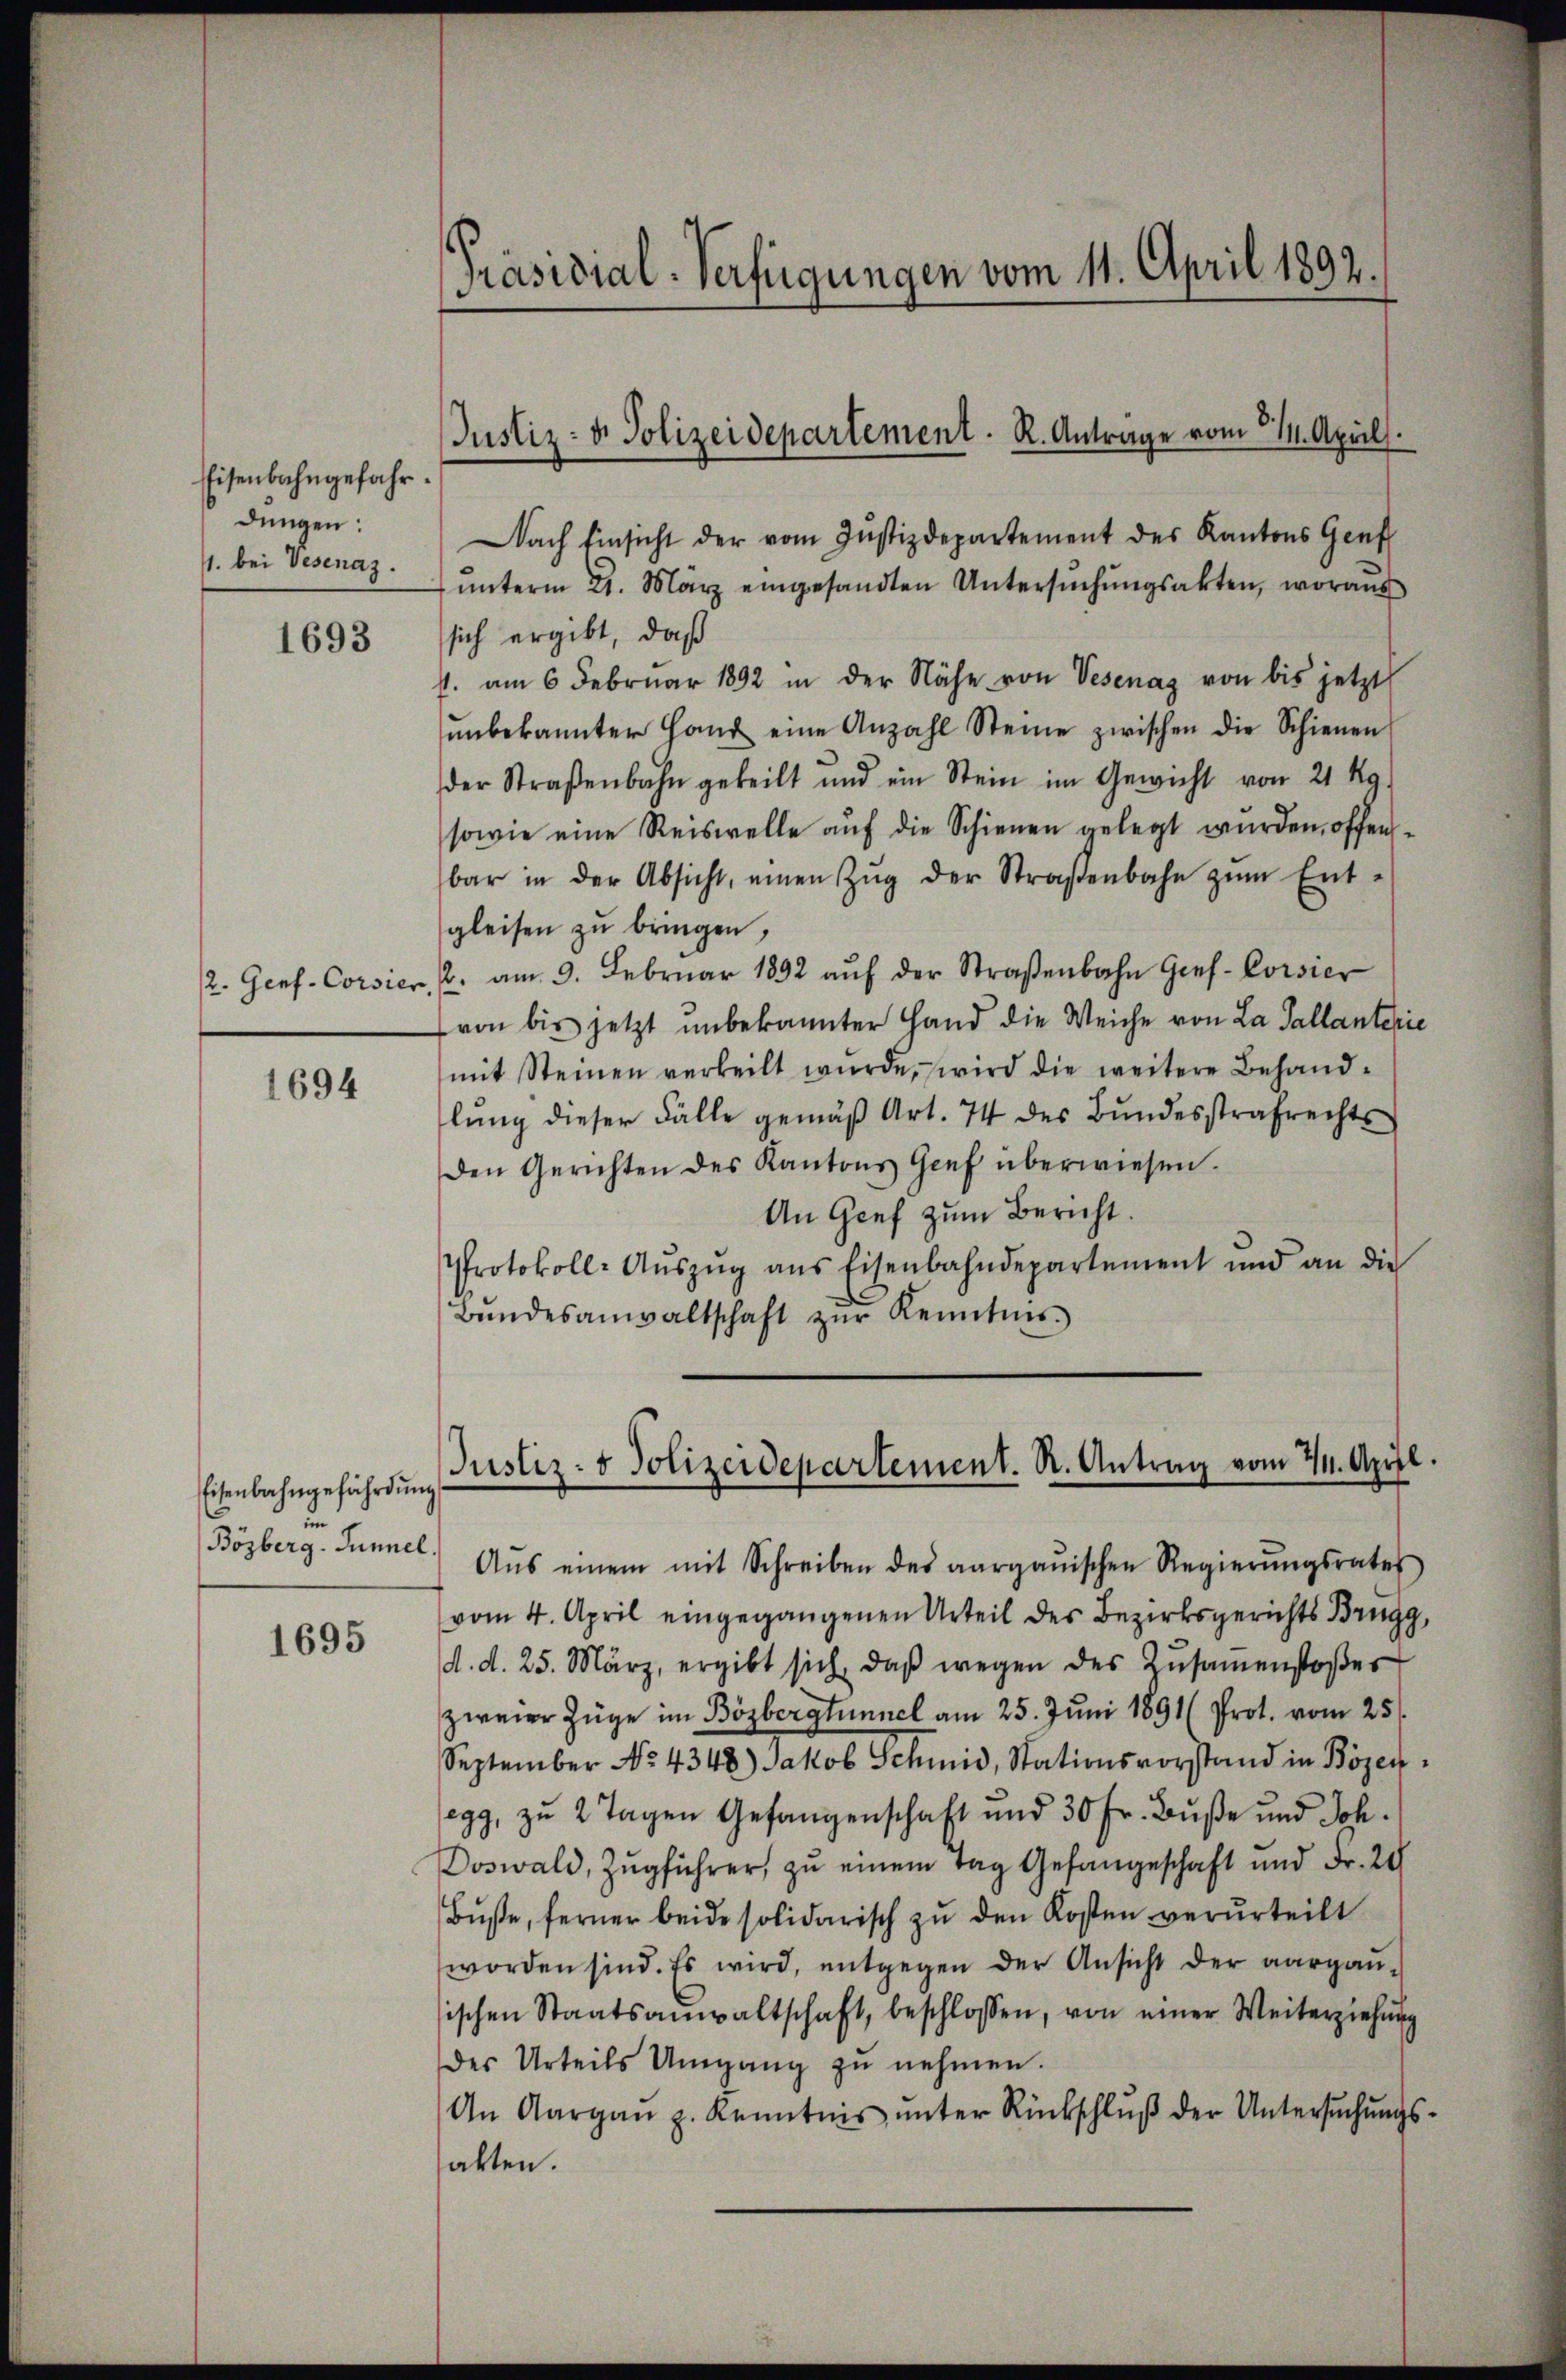
Eisenbahngefahr
dungen:
1. bei Vesenaz.

1693

2. Genf. Corsier

1694

Eisenbahngefährdung
in
Bözberg-Tunnel.

1695

Präsidial-Verfügungen vom 11. April 1892.

Justiz- & Polizeidepartement. R. Anträge vom 31. April.

Nach Einsicht der vom Justizdepartement des Kantons Genf
ŭnterm 21. März eingesandten Untersŭchŭngsakten, woraus
sich ergibt, daß
1. am 6. Februar 1892 in der Nähe von Vesenaz von bis jetzt
ŭnbekannter Hand eine Anzahl Steine zwischen die Schienen
der Straßenbahn geteilt und ein Stein im Gewicht von 21 Kg.
sowie eine Reiswelle auf die Schienen gelegt wurden, offenbar in der Absicht, einen Zŭg der Straβenbahn zŭm Ent-
gleisen zu bringen,
2. am 9. Febrŭar 1892 aŭf der Straβenbahn Gies- Corsier
von bis jetzt unbekannter Hand die Weiche von La Pallanterie
mit Steinen verkeilt wŭrde, wird die weitere Behandlŭng dieser Fälle gemäβ Art. 74 des Bŭndesstrafrechts
den Gerichten des Kantons Genf überwiesen.
An Genf zum Bericht.
Protokoll-Aŭszŭg ans Eisenbahndepartement und an die
Bŭndesanwaltschaft zŭr Kenntnis.
Aŭs einem mit Schreiben des aargauischen Regierŭngsrates
vom 4. April eingegangenen Urteil des Bezirksgerichts Brugg,
d. d. 25. März, ergibt sich, daβ wegen des Zŭsaṁenstoßes
zweier Züge im Bözbergtunnel am 25. Juni 1891 (Prot. vom 25.
September No. 4348) Jakob Schmid, Stationsvorstand in Bözenegg, zu 2 Tagen Gefangenschaft und 30 Fr. Buße und Joh.
Doswald, Zugführer, zu einem Tag Gefangeschaft und Fr. 20
Bŭβe, ferner beide solidarisch zu den Kosten verurteilt
worden sind. Es wird, entgegen der Ansicht der aargaŭ-
sischen Staatsanwaltschaft, beschlossen, von einer Weiterziehung
des Urteils Umgang zŭ nehmen.
An Aargaŭ p. Kenntnis ŭnter Rückschlŭβ der Untersŭchŭngs-
akten.

Justiz- & Polizeidepartement. R. Antrag vom 24. April.